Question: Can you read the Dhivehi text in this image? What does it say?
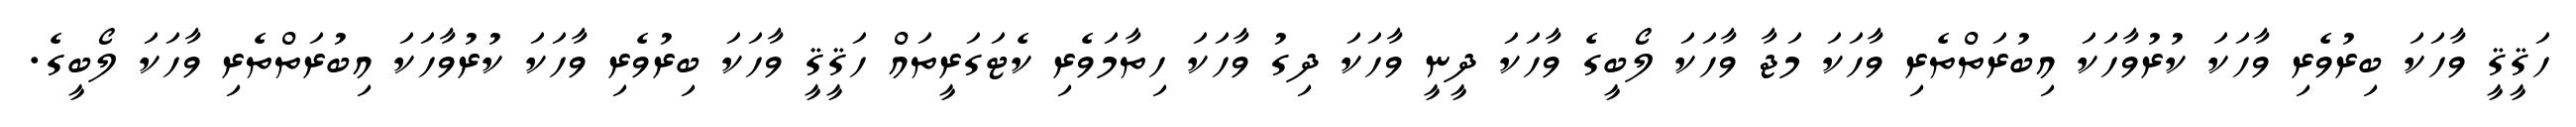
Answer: ހަޤީޤީ ވާހަކަ ބިރުވެރި ވާހަކަ ކުރުވާހަކަ އިބުރަތްތެރި ވާހަކަ މަޖާ ވާހަކަ ލޯބީގެ ވާހަކަ ދީނީ ވާހަކަ ދިގު ވާހަކަ ހިތާމަވެރި ކެޓަގަރީތައް ހަޤީޤީ ވާހަކަ ބިރުވެރި ވާހަކަ ކުރުވާހަކަ އިބުރަތްތެރި ވާހަކަ ލޯބީގެ.